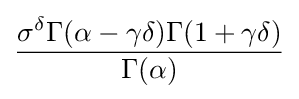
{\frac {\sigma ^{\delta }\Gamma (\alpha -\gamma \delta )\Gamma (1+\gamma \delta )}{\Gamma (\alpha )}}